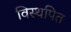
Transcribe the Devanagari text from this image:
विस्थपित